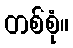
တစ်စုံ။